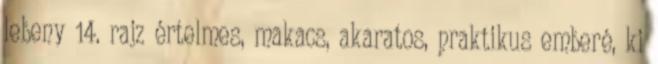
lebeny 14. rajz értelmes, makacs, akaratos, praktikus emberé, ki